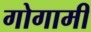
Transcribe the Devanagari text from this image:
गोगामी